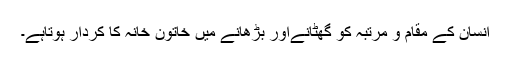
انسان کے مقام و مرتبہ کو گھٹانےاور بڑھانے میں خاتون خانہ کا کردار ہوتاہے۔